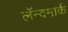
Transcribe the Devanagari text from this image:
लॅन्दमार्क